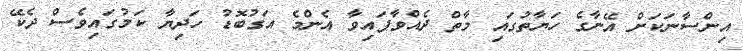
އިންސާނަކަށް އޭނާގެ ހަޔާތުގައި މާތް ދެއްވާފައިވާ އެންމެ އަގުބޮޑު ހަދިޔާ ކަމުގައިވެސް ދެކޭ